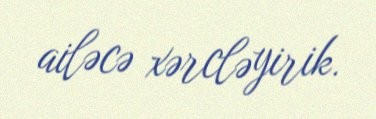
ailəcə xərcləyirik.